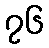
၇၆